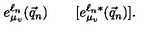
e _ { \mu _ { v } } ^ { \ell _ { n } } ( \vec { q } _ { n } ) \qquad [ e _ { \mu _ { v } } ^ { \ell _ { n } * } ( \vec { q } _ { n } ) ] .